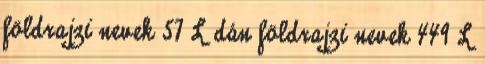
földrajzi nevek‎ 57 L dán földrajzi nevek‎ 449 L